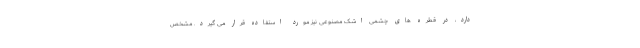
دارد، در قطره های چشمی اشک مصنوعی نیز مورد استفاده قرار می گیرد. مشخص